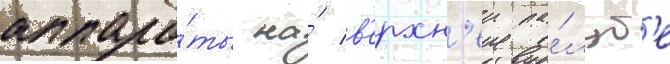
аппара́ты на́ в'ерхн'еи па́луб'е